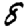
Digit: 8